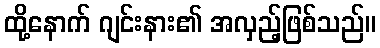
ထို့နောက် ဂျင်းနား၏ အလှည့်ဖြစ်သည်။